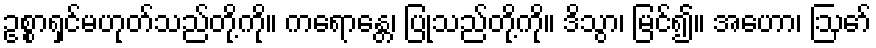
ဥစ္စာရှင်မဟုတ်သည်တို့ကို။ ကရောန္တေ၊ ပြုသည်တို့ကို။ ဒိသွာ၊ မြင်၍။ အဟော၊ ဩော်